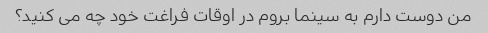
من دوست دارم به سینما بروم در اوقات فراغت خود چه می کنید؟